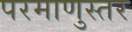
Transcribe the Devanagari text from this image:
परमाणुस्तर